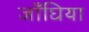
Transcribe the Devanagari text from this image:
जाँघिया